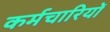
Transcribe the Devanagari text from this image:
कर्मचारियोँ